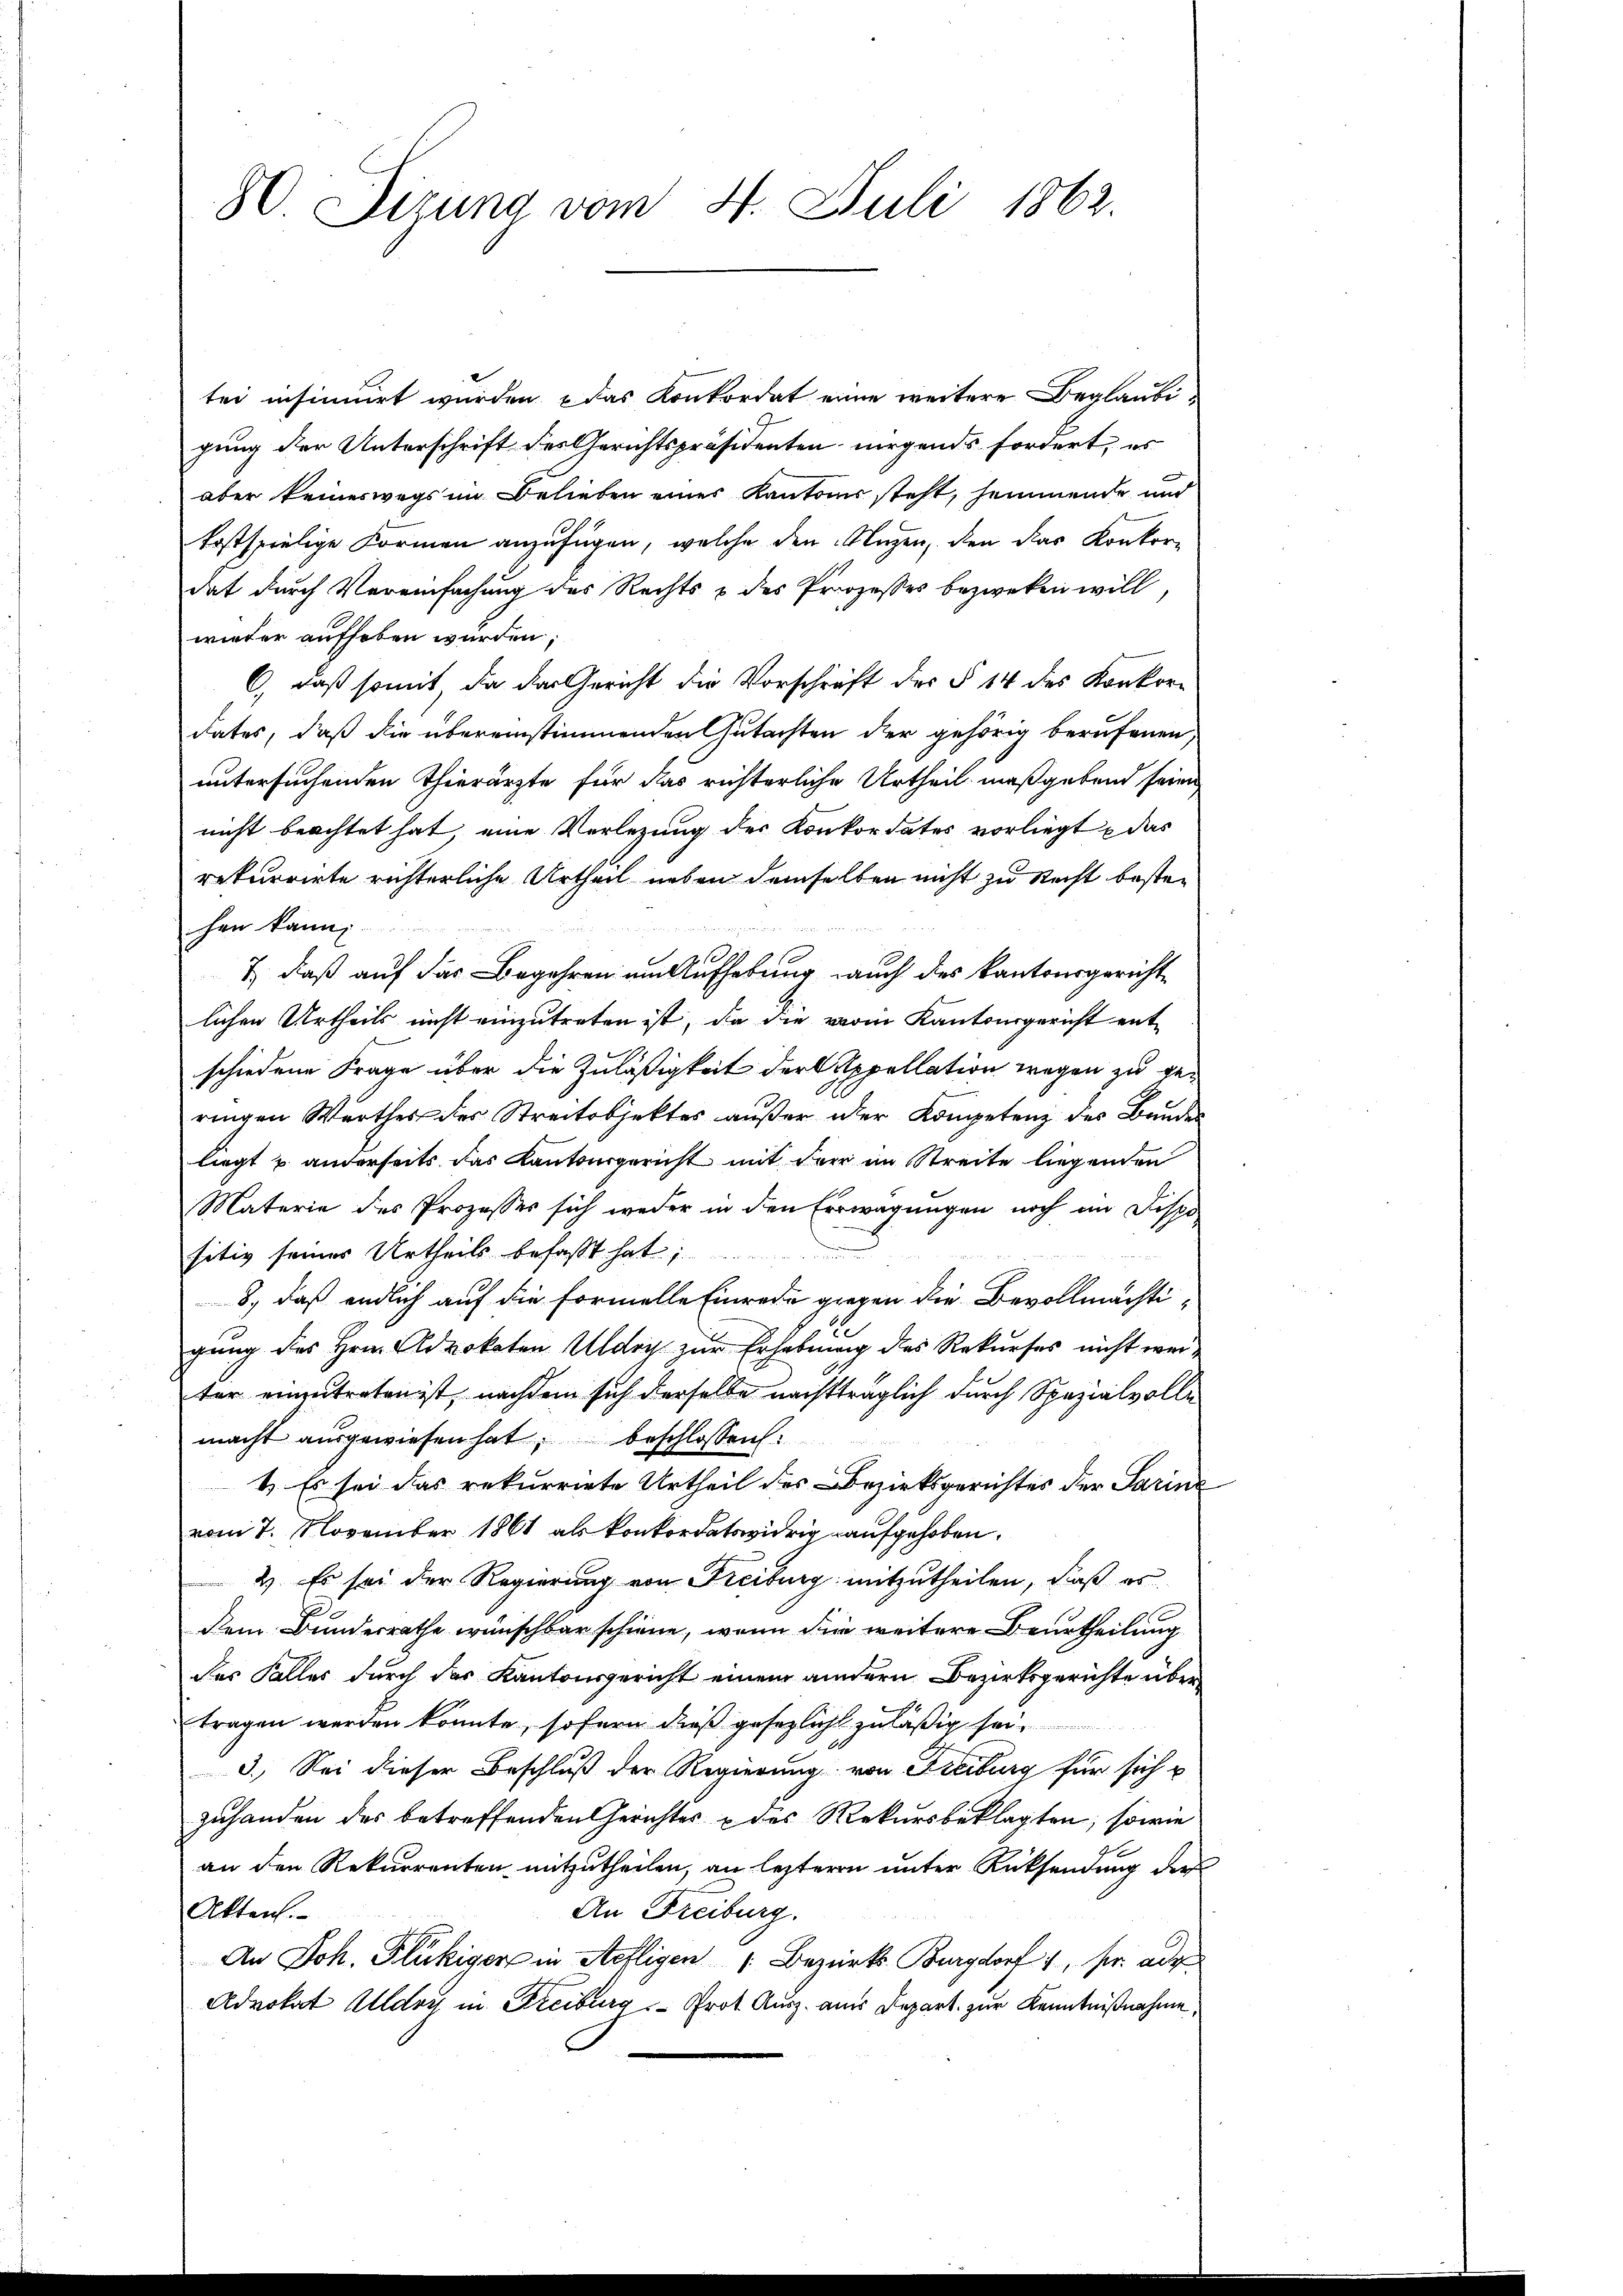
80. Dizung vom 4. Juli 1862.

tei insinuirt wurden & das Konkordat eine weitere Beglaubigung der Unterschrift des Gerichtspräsidenten nirgends fordert, es
aber keineswegs im Belieben eines Kantons steht, heimmende und
kostspielige Formen anzufügen, welche den Anzen, den das Konkordat durch Vereinfachung des Rechts & des Prozesses bezweken will,
wieder aufheben würden;
6, daß somit, da der Gericht die Vorschrift des § 14 des Konkordates, daß die übereinstimmenden Gutachten der gehörig berufenen,
untersuchenden Thierärzte für das richterliche Urtheil maßgebend seine
nicht beachtet hat, eine Verlegung der Konkordates vorliegt, das
rekurrirte richterliche Urtheil neben demselben nicht zu Recht besten
hen kann.

7), daß auf das Begehren am Aufhebung auch des Kantonsgerichtlichen Urtheils nicht einzutreten ist, da die vom Kantonsgericht ent-
schiedene Frage über die Zuläßigkeit der Appellation wegen zu geringen Werthes des Streitobjektes außer oder Kompetenz der Bunde
liegt u. anderseits das Kantonsgericht mit der im Streite liegenden
Materie des Prozesses sich weder in den Erwägungen noch im Dispo-
sitiv seines Urtheils befaßt hat.
8., daß endlich auf die Formelle Einrede gegen die Bevollmächtigung des Hrn. Advokaten Uldry zur Erhebung des Rekurses nicht weiter einzutreten ist, nachdem sich derselbe nachtträglich durch Spezialvolle
macht ausgewiesen hat, beschlossen:
1.) Es sei das rekurrirte Urtheil des Bezirksgerichtes der Parine
vom 7. November 1861 als konkordatswidrig aufgehoben.
2) Es sei der Regierung von Freiburg mitzutheilen, daß es
dem Bundesrathe wünschbar schiene, wenn die weitere Beurtheilung
des Falles durch der Kantonsgericht einem andern Bezirksgerichte übertragen werden könnte, sofern dieß gesezlicht zuläßig sei.
3.) Sei dieser Beschluß der Regierung von Freiburg für sich
zuhanden des betreffenden Gerichtes u des Rekursbeklagten, sowie
an den Rekurrenten mitzutheilen, an lezteren unter Rücksendung der
An Freiburg.
Akten.
An Joh. Flückiger in Aefligen 1. Bezirks-Burgdorf 1, s. ade
Advokat Aldoy in Freiburg - Prot. Ausz. aus Depart zur Kenntnißnahme